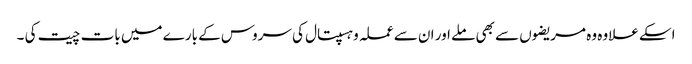
اسکے علاوہ وہ مریضوں سے بھی ملے اور ان سے عملہ وہسپتال کی سروس کے بارے میں بات چیت کی ۔